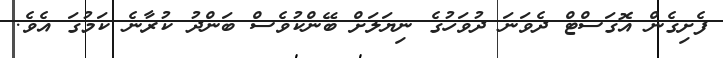
ފެށިގެން އޮގަސްޓް ދެވަނަ ދުވަހުގެ ނިޔަލަށް ބޭންކުވެސް ބަންދު ކުރާނެ ކަމުގަ އެވެ.